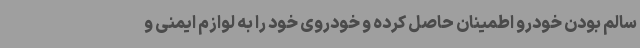
سالم بودن خودرو اطمینان حاصل کرده و خودروی خود را به لوازم ایمنی و